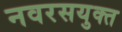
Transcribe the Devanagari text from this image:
नवरसयुक्त